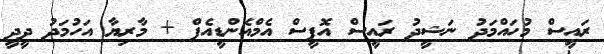
ރައީސް މުހައްމަދު ނަޝީދު ރައީސް އޮފީސް އެމްއެންޑީއެފް + މާރިޔާ އަހުމަދު ދީދީ